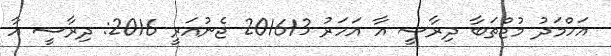
އަހްމަދު މުޖްތަބާ ދިރާސީ އާ އަހަރު 201613 ޖެނުއަރީ 2016: ދިރާސީ އާ